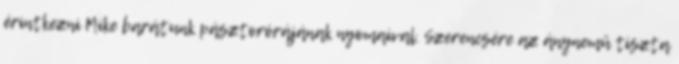
érintkezni Mike barátunk pásztorórájának nyomaival. Szerencsére az ánynemű tiszta